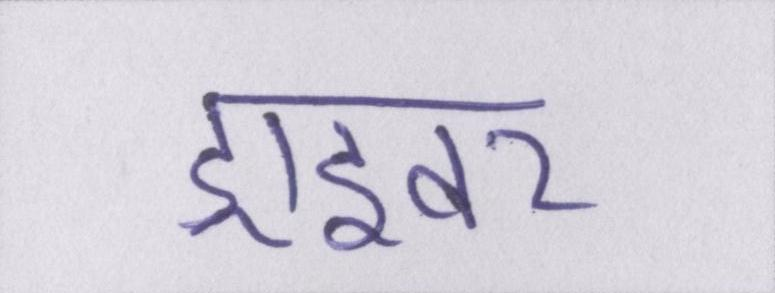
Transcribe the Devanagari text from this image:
ड्राइवर